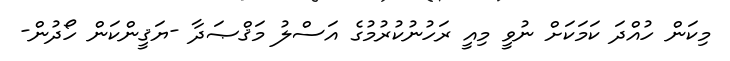
މިކަން ހުއްދަ ކަމަކަށް ނުވީ މިއީ ރަހުނުކުރުމުގެ އަސްލު މަޤްޞަދާ -ޔަޤީންކަން ހޯދުން-